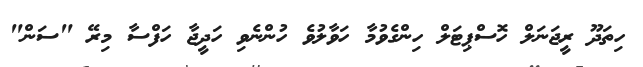
ހިތަދޫ ރީޖަނަލް ހޮސްޕިޓަލް ހިންގެވުމާ ހަވާލުވެ ހުންނެވި ހަދީޖާ ހަފްސާ މިރޭ "ސަން"